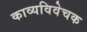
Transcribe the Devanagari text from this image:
काव्यविवेचक